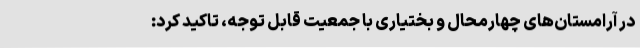
در آرامستان‌های چهارمحال و بختیاری با جمعیت قابل توجه، تاکید کرد: